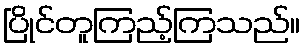
ပြိုင်တူကြည့်ကြသည်။